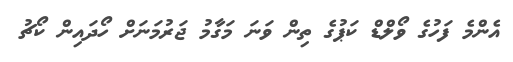
އެންމެ ފަހުގެ ވޯލްޑް ކަޕުގެ ތިން ވަނަ މަގާމު ޖަރުމަނަށް ހޯދައިން ކޯޗު